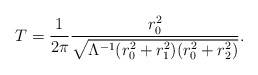
\begin{align*}T = \frac{1}{2 \pi} \frac{r_0^2}{\sqrt{\Lambda^{-1}(r_0^2 + r_1^2 ) (r_0^2 + r_2^2 )} } .\end{align*}